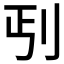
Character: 𱐒